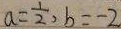
a = \frac { 1 } { 2 } , b = - 2